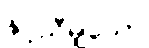
နှင့်ညီမျှသော